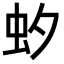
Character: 𧈷